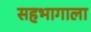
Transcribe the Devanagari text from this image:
सहभागाला